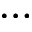
\cdots